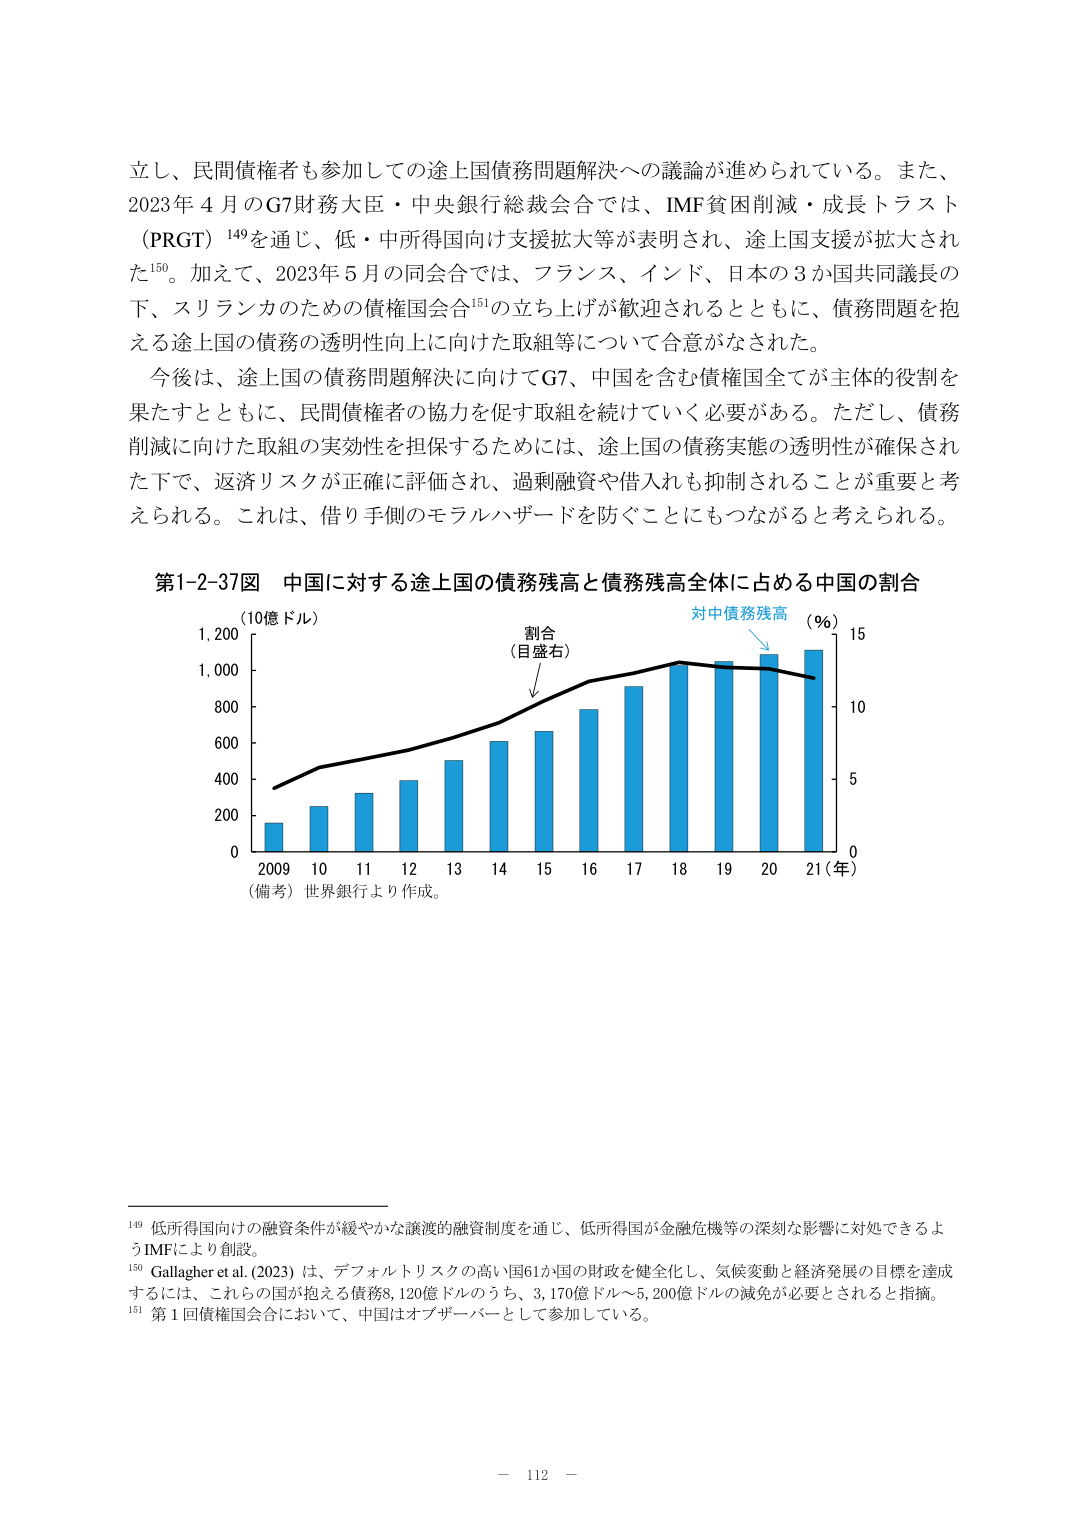
立し、民間債権者も参加しての途上国債務問題解決への議論が進められている。また、2023年4月のG7財務大臣・中央銀行総裁会合では、IMF貧困削減・成長トラスト（PRGT）¹⁴⁹を通じ、低・中所得国向け支援拡大等が表明され、途上国支援が拡大された¹⁵⁰。加えて、2023年5月の同会合では、フランス、インド、日本の3か国共同議長の下、スリランカのための債権国会合¹⁵¹の立ち上げが歓迎されるとともに、債務問題を抱える途上国の債務の透明性向上に向けた取組等について合意がなされた。

今後は、途上国の債務問題解決に向けてG7、中国を含む債権国全てが主体的役割を果たすとともに、民間債権者の協力を促す取組を続けていく必要がある。ただし、債務削減に向けた取組の実効性を担保するためには、途上国の債務実態の透明性が確保された下で、返済リスクが正確に評価され、過剰融資や借入れも抑制されることが重要と考えられる。これは、借り手側のモラルハザードを防ぐことにもつながると考えられる。

第1-2-37図 中国に対する途上国の債務残高と債務残高全体に占める中国の割合

（10億ドル）
割合
（目盛右）
対中債務残高
（％）
1,200
1,000
800
600
400
200
0
2009 10 11 12 13 14 15 16 17 18 19 20 21（年）
（備考）世界銀行より作成。
15
10
5
0

¹⁴⁹ 低所得国向けの融資条件が緩やかな譲渡的融資制度を通じ、低所得国が金融危機等の深刻な影響に対処できるようIMFにより創設。
¹⁵⁰ Gallagher et al. (2023) は、デフォルトリスクの高い国61か国の財政を健全化し、気候変動と経済発展の目標を達成するには、これらの国が抱える債務8,120億ドルのうち、3,170億ドル～5,200億ドルの減免が必要とされると指摘。
¹⁵¹ 第1回債権国会合において、中国はオブザーバーとして参加している。

－ 112 －